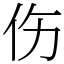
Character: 伤